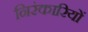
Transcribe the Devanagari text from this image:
निरंकारियों